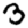
Digit: 3